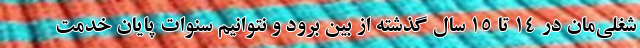
شغلی‌مان در ۱۴ تا ۱۵ سال گذشته از بین برود و نتوانیم سنوات پایان خدمت